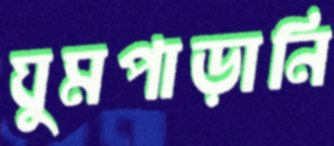
ঘুমপাড়ানি